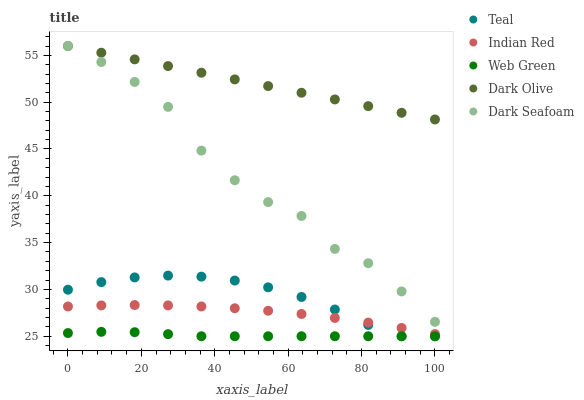
| xaxis_label | Teal | Indian Red | Web Green | Dark Olive | Dark Seafoam |
 | --- | --- | --- | --- | --- | --- |
 | 0 | 30 | 28.2 | 25.3 | 56 | 56 |
 | 9.09 | 30.8 | 28.3 | 25.5 | 55.3 | 54.3 |
 | 18.2 | 31.3 | 28.3 | 25.4 | 54.6 | 52.2 |
 | 27.3 | 31.5 | 28.3 | 25.2 | 53.9 | 49.5 |
 | 36.4 | 31.4 | 28.2 | 25 | 53.1 | 44.8 |
 | 45.5 | 31 | 28 | 25 | 52.4 | 41.7 |
 | 54.5 | 30.2 | 27.7 | 25 | 51.7 | 39.3 |
 | 63.6 | 29.2 | 27.4 | 25 | 51 | 37.8 |
 | 72.7 | 27.9 | 27 | 25 | 50.3 | 34.3 |
 | 81.8 | 26.2 | 26.5 | 25 | 49.6 | 32.8 |
 | 90.9 | 25 | 25.9 | 25 | 48.9 | 29.8 |
 | 100 | 25 | 25.2 | 25 | 48.2 | 26.5 |